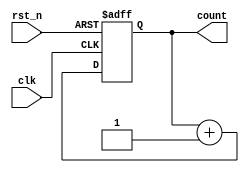
module synchronous_counter (
    input clk,
    input rst_n,
    output reg [3:0] count
);

// Binary counter with synchronous reset
always @(posedge clk or negedge rst_n) begin
    if (~rst_n) begin
        count <= 4'b0000;
    end else begin
        count <= count + 4'b0001;
    end
end

endmodule